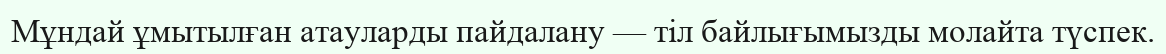
Мұндай ұмытылған атауларды пайдалану — тіл байлығымызды молайта түспек.